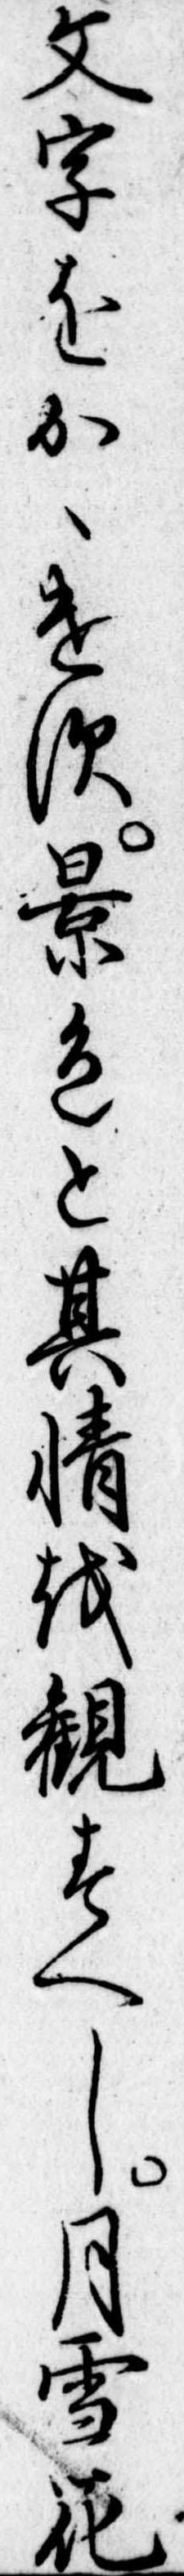
文字をかゝけす景色と其情を観すへし月雪花